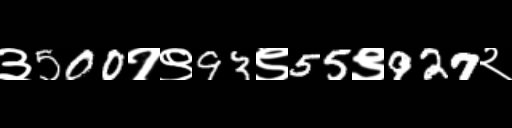
Text: ३500१९93९55९927२